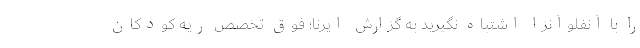
را با آنفلوآنزا اشتباه نگیرید به گزارش ایرنا؛ فوق تخصص ریه کودکان